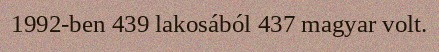
1992-ben 439 lakosából 437 magyar volt.